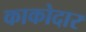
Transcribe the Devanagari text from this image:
काकोदार